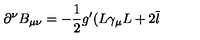
\partial ^ { \nu } B _ { \mu \nu } = - \frac 1 2 g ^ { \prime } ( L \gamma _ { \mu } L + 2 \overline { { l } }